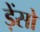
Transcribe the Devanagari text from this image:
ड़ेंसो